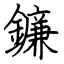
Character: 鐮